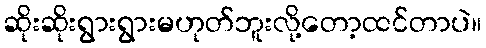
ဆိုးဆိုးရွားရွားမဟုတ်ဘူးလို့တော့ထင်တာပဲ။